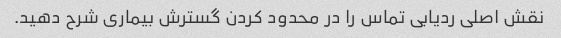
نقش اصلی ردیابی تماس را در محدود کردن گسترش بیماری شرح دهید.